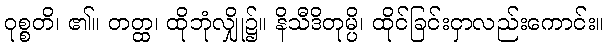
ဝုစ္စတိ၊ ၏။ တတ္ထ၊ ထိုဘုံလျှို၌။ နိသီဒိတုမ္ပိ၊ ထိုင်ခြင်းငှာလည်းကောင်း။